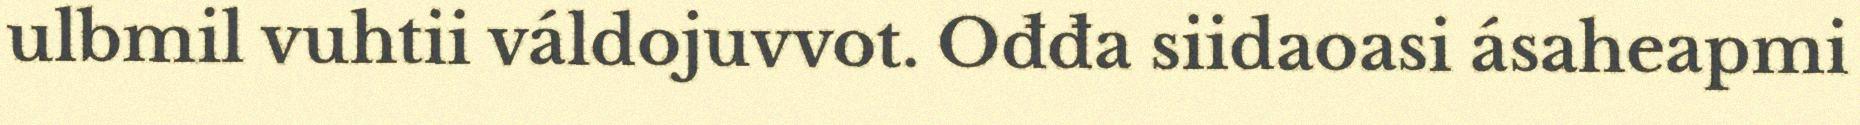
ulbmil vuhtii váldojuvvot. Ođđa siidaoasi ásaheapmi